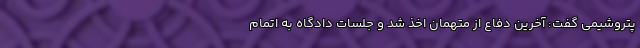
پتروشیمی گفت: آخرین دفاع از متهمان اخذ شد و جلسات دادگاه به اتمام